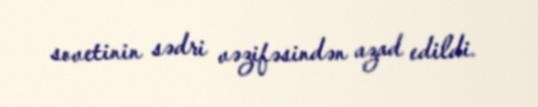
sovetinin sədri vəzifəsindən azad edildi.